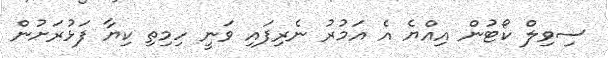
ސިވިލް ކޯޓުން އިއްޔެ އެ އަމުރު ނެރިފައި ވަނީ ހިމިތި ކިޔާ ފަޅުރަށުން